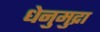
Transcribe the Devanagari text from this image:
धेनुमुद्रा